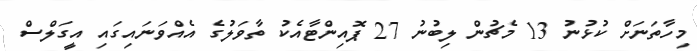
މިހާތަނަށް ކުޅުނު 13 މެޗުން ލިބުނު 27 ޕޮއިންޓާއެކު ތާވަލުގެ އެއްވަނައިގައި އީގަލްސް